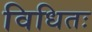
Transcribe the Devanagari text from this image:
विधितः